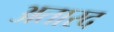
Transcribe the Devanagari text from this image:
अतारद